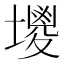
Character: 𡒇